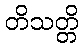
တိသတ္တိ